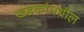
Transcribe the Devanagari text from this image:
खडकांमधील